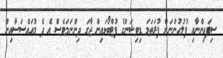
ސިފައިންނާއި ފުލުހުންނަށް ފުރަތަމަ ޑިވިޝަންގެ ފުޓްބޯޅައިން ޖާގަ ދިންނަމަވެސް އެ ދެ މުއައްސަސާއިން